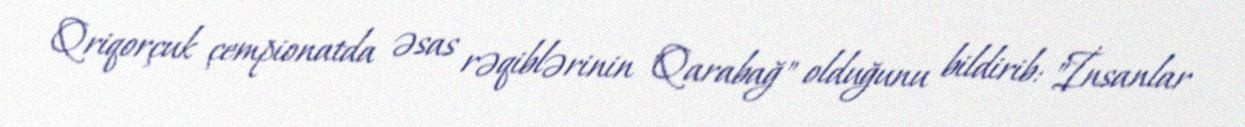
Qriqorçuk çempionatda əsas rəqiblərinin "Qarabağ" olduğunu bildirib: "İnsanlar